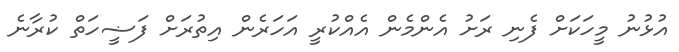
އުޅުނު މީހަކަށް ފެނި ރަށު އެންމެން އެއްކުރީ އަހަރެން އިތުރަށް ފަޟީހަތް ކުރާނެ